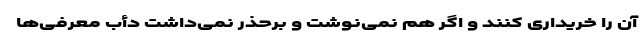
آن را خریداری کنند و اگر هم نمی‌نوشت و برحذر نمی‌داشت دأب معرفی‌ها